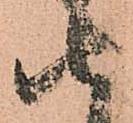
由